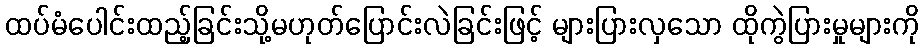
ထပ်မံပေါင်းထည့်ခြင်းသို့မဟုတ်ပြောင်းလဲခြင်းဖြင့် များပြားလှသော ထိုကွဲပြားမှုများကို